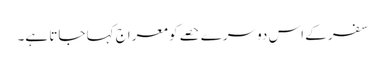
سفر کے اس دوسرے حصے کو معراج کہا جاتا ہے۔